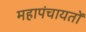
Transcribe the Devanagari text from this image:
महापंचायतों